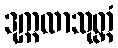
ဒုက္ကထာသုတ္တံ